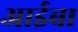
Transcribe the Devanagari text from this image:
आईबा